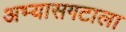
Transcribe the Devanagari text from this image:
अभ्यासगटाला